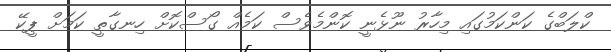
ކްލަބްގެ ކަންކަމުގައި މިހާރު ނޫޅެނީ ކޮންމެވެސް ކަމެއް ގޯސްކޮށް ހިނގާތީ ކަމަށް ޕީކޭ